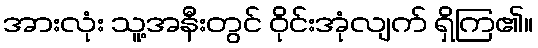
အားလုံး သူ့အနီးတွင် ဝိုင်းအုံလျက် ရှိကြ၏။